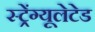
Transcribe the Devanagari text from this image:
स्ट्रेंग्यूलेटेड